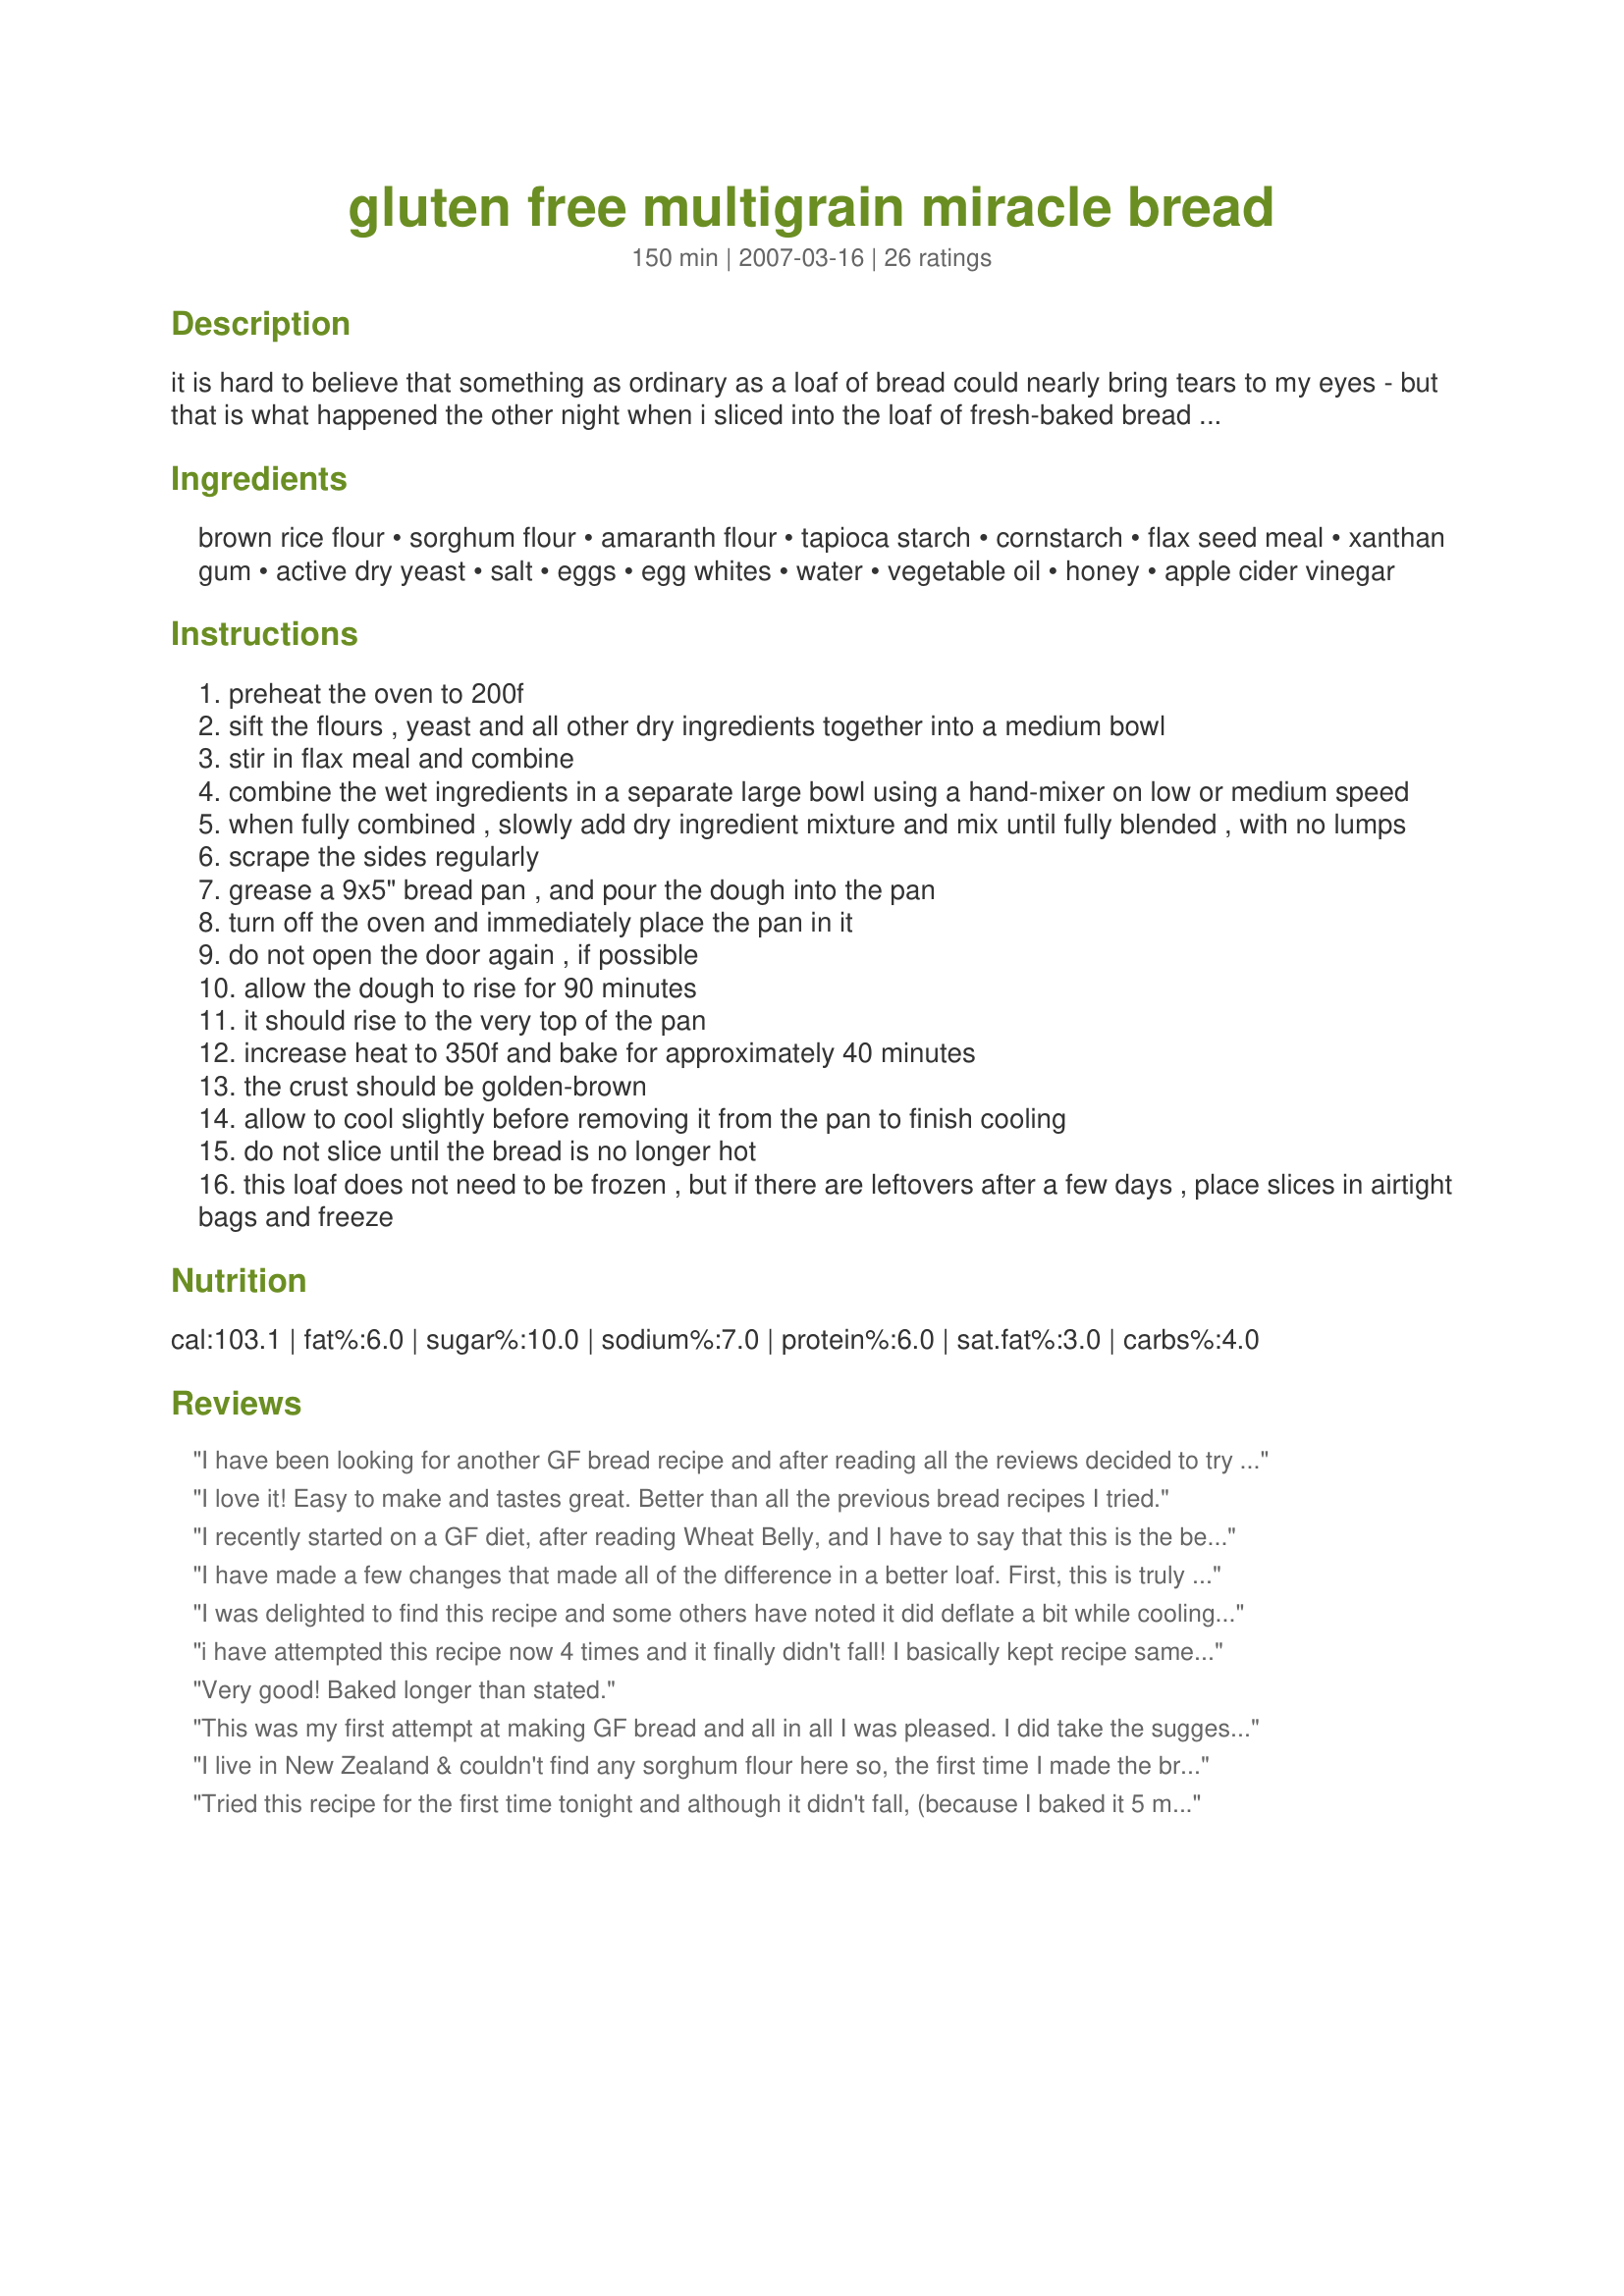
gluten free multigrain miracle bread
Preparation time: 150 minutes

it is hard to believe that something as ordinary as a loaf of bread could nearly bring tears to my eyes - but that is what happened the other night when i sliced into the loaf of fresh-baked bread i had just pulled from the oven. i can't take full credit - it's based on a recipe by a woman named laurie on the celiac.com forums. but this is really some stellar bread - hands down the best gluten-free bread i've had. it stays pliable and delicious without freezing or toasting. don't skip out on the flaxseeds, they add nutrition and texture without too much "flaxy" taste.

Ingredients:
brown rice flour, sorghum flour, amaranth flour, tapioca starch, cornstarch, flax seed meal, xanthan gum, active dry yeast, salt, eggs, egg whites, water, vegetable oil, honey, apple cider vinegar

Steps:
preheat the oven to 200f
sift the flours , yeast and all other dry ingredients together into a medium bowl
stir in flax meal and combine
combine the wet ingredients in a separate large bowl using a hand-mixer on low or medium speed
when fully combined , slowly add dry ingredient mixture and mix until fully blended , with no lumps
scrape the sides regularly
grease a 9x5" bread pan , and pour the dough into the pan
turn off the oven and immediately place the pan in it
do not open the door again , if possible
allow the dough to rise for 90 minutes
it should rise to the very top of the pan
increase heat to 350f and bake for approximately 40 minutes
the crust should be golden-brown
allow to cool slightly before removing it from the pan to finish cooling
do not slice until the bread is no longer hot
this loaf does not need to be frozen , but if there are leftovers after a few days , place slices in airtight bags and freeze

Reviews:
I have been looking for another GF bread recipe and after reading all the reviews decided to try this and it was great! I have made it twice, w/o amaranth - I used teff flour most recently - I can't remember what I replaced it with the 1st time; either way I was happy with the result. I too have a problem with the bread 'falling' after I take it out of the oven. But it is still delicious. I have had the same problem with other GF breads I make - would love to hear any suggestions to fixing that issue. I live in S. GA, not to humid or to high. This will be one of my 'regular' recipes! Thanks
I love it! Easy to make and tastes great. Better than all the previous bread recipes I tried.
I recently started on a GF diet, after reading Wheat Belly, and I have to say that this is the best tasting bread I have tried and I%u2019ve tried about a half dozen others. I did run into the same problems others have reported when making this bread. The bread collapsed after taking it out of the oven, this is not a big deal for me. The main problem was that the top was very crusty, almost burned, but when I removed it from the pan, the bottom was mushy. I ended up putting it back into the oven, without the pan, for another eight minutes to get it to solidify. Today when I made it I substituted half the amaranth flour with coconut flour, coconut flour is more absorbent, I was hoping it would help with the mushy bottom. I also reduced the oven temperature to 325, so that the top would not burn before the bottom was done. This worked; the bread came out perfectly done and with very little shrinkage. The next time I make it I will substitute all the amaranth for coconut flour or go half coconut, half almond flour to see if I can totally eliminate the bread from falling.
I have made a few changes that made all of the difference in a better loaf. First, this is truly the best gf bread I have found and I have shared the recipe with many friends. Like the 'most helpful' review, I actually cook this for a full hour. My oven is properly calibrated so it is at exactly 350 degrees, but the load collapses without the extra bake time. My loaf was also rising a lot on only one side, creating a lopsided loaf. To fix that, I use a razor blade to score the middle of the bread lightly before putting into the oven... this fixes the problem and the rise comes from the center this way. Lastly, I read quite a bit previously on how to make a light, fluffy gf bread and one suggestion was to whip the batter to add more air... so I make this in my stand mixer with the whip attachment. I whip the final batter on high for 3 minutes before carefully transferring to the bread pan (which is not small... it is a normal sized bread pan) Another change is the yeast, I add yeast, warm water, and honey to a bowl and let sit for 10-15 minutes before adding other ingredients. This reduces my rise time by 30-40 minutes. Fianlly, another gf bread recipe I used to use smoothed the top of the loaf with the backside of a wet spoon. I do the same with this loaf so the final product looks more like a traditional loaf.
I was delighted to find this recipe and some others have noted it did deflate a bit while cooling. All in all the texture is good, the bread slices well. It holds up to freezing and defrosting. I'll try making it again as another reviewer stated add additional flour to see if this makes a difference.
i have attempted this recipe now 4 times and it finally didn't fall! <br/><br/>I basically kept recipe same (subbed almond flour for sorghum) but i put it in a small loaf pan and actually baked it an extra 20 minutes until the toothpick came out clean.<br/><br/>the other 3 times i baked it, it fell (so disappointing!) and was not baked enough inside so i read online that the pan may be too large for the dough to fully bake inside if it rises really high (which mine always did).<br/><br/>i tried this recipe so many times bc even though the dough fell the other times it was still really tasty, so i am super pleased that i have figured out how to make it work here.
Very good! Baked longer than stated.
This was my first attempt at making GF bread and all in all I was pleased. I did take the suggestion from one of the ccoks in a past review to increase the agave and oil. This was a good idea to add moistness to the bread. I did some tweaking to the recipe myself. I used 3/4 C Garbanzo bean flour instead of 1/2 C Aramath flour. Instead of 2 T of Agave I used 3 T. Instead of 2 T of oil I used 3 T of melted butter. I also used my bread machine and it only made about half the normal size loaf, so I suppose it fell too. It rose like any other bread would in the bread machine. I do agree that if this is made the traditional way a smaller pan should be used and I believe that would take care of the "falling issue". When I make this bread next time, I plan on experimenting with another type of flour instead of the garbanzo flour and trying molasses instead of agave. I am also going to use a smaller pan and make it in the oven instead. I feel the bread was moist but some what chewy. This is probably from the bread machine over working the dough. When I make the new loaf I will repost my results.
I live in New Zealand & couldn't find any sorghum flour here so, the first time I made the bread I substituted buckwheat flour. The bread was very good, soft & eatable without the need to toast it first but I wasn't too keen on the flavour, which I assumed was due to the buckwheat so the next time I just increased the brown rice & amaranth flours by 1/4 cup each and it worked extremely well. Thank you so much for posting this recipe. It is the first time I have had a decent slice of bread since having to be gluten free.
Tried this recipe for the first time tonight and although it didn't fall, (because I baked it 5 mins longer than stated) the outside was overdone while the inside just barely done. Does anyone have a solution to this because I must say the bread is definitely amazing.<br/>Eileen
I have made this several times and love the taste and texture, however, it keeps falling. I've tried reducing the water and increasing the yeast. I removed one of the eggs and used egg replacer. I'm making it in a Breadman bread machine on the gluten free setting. Any advise?
OMG! This is easy and taste amazing! I did substitute powdered egg for the 2 egg whites (didn&#039;t need the extra yolks for anything). I also beat in for 4 minutes once all combined - I found this tip on another site for gluten-free breads... It helps to get the xantham gum do its binding. I only needed to let my bread rise for 1 hour in the oven. Baked to a gorgeous brown. Loved everything from ease to the actual breads crust, internal texture, and flavor. Can&#039;t wait to experiment with adding seeds and maybe making a cinnamon swirl bread!
Lovely moist bread. I followed directions exactly and it did fall, but didn't affect the wonderful moist texture at all. Next time I'm going to sub another type of flour (probably 1/8 cup sweet white rice &amp; 1/8 cup superfine almond) for the amaranth, since amaranth has a rather funky, yeasty taste my kids don't like. I used all superfine flours, since that tends to give a less gritty texture. I also used SAF brand instant yeast, at 75% of the amount of regular yeast the recipe called for. All in all, big thumbs up, easy to prepare, and I can see this recipe easily lending itself to tweaks and substitutions.
I use this recipe all the time-it is my all time favourite. Because i live at higher elevations, it tended to fall (as others have found), so I did some tweaking and added another 1/4 cup of flour. I found the amaranth flour overwhelmed the flavour, so I substituted either millet flour or Quinoa (1/2 cup rather than the 1/4 cup). I found this to take care of the falling bread. I also cook it 5 to 10 minutes longer (testing with a wooden skewer for wet clinging batter). Hope this helps.
The bread was much better than any in the stores but we hate the tatse of ameranth. I substitue teff for darker almost whole wheat type taste and garbanzo/fava flour for a white verision that are much less yeasty flavoured. We also make it in a bread machine on gluten-free setting with a light crust and it works great.
The first time I made this I forgot the flax seed meal and the bread slumped so far it practically turned back into dough. I decided to give it another chance because of the rave reviews and did everything exactly but was disappointed by how much it fell. However, it didn't fall as much as the first time, the slices still looked like real bread and it tasted really great. Next time I plan to leave out the two egg whites and see what happens. Since flax meal is sometimes used as egg replacer in vegan recipes, maybe that is the secret. Thanks for posting.
This was the best I have tried so far. I had to make a few substitutions for ingredients I didn't have or can't use. Here they are:
-Buckwheat flour sub for Amaranth flour
-Potato Starch for Corn Starch
-Egg Replacer for Eggs

It has a good color and flavor but the texture was a little doughy and I couldn't get it to dry out at all. I don't know if it had to do with the substitutions I made though. I am new to gluten, corn, egg free baking! Thank you for sharing this recipe.
Luckily, we found this recipe when we were first diagnosed with Celiac Disease. I do add 1 1/2 teasp salt and 3 Tablespoons Honey and switch out the amaranth flour for others most of the time to make it taste even better. THANKS! This is great. I like it better than the other Multigrain recipe here.
I cant believe I can send a sandwich to school with my little one that isn't hard and crumbly. I LOVE this Bread. his recipe is fantastic the 1st one that is soft and has stayed soft and not crumbly for 6 DAYS Now. I am trilled.
I made it just as posted and it fell a little. I made it a 2nd time and left out 2 egg whites and it fell more. From what I have read the bread falls for 3 reasons. too much liquid, oven differences, and different flours absorb liquids different. So if your changing the flour mix it may mess with it. Most of the recipes I have tried that are GF fall a little. I am too working on that issue. Thanks for posting it.
Delicious! I don't have sorghum flour so I subbed white rice flour. My only problem was that after 40 minutes of baking the bread was dark brown on the outside but not all the way done on the inside after cooling. This time I'm trying 325 for 45 minutes to see if that works any better for me. I am also wondering how I can make this up more conveniently to eat more frequently. Has anyone tried making the dough and then freezing it? Or would it be better to bake the bread and then freeze it?
Great Recipe!
My experience:1st ever gf yeast bread to taste or bake. I had to use a convection oven. I subbed equal amounts of brown and white rice flour and sorghum for the 1/4 cup of amaranth. I followed everything else exactly except the water was warmer than room temp. I left out about 2 T. of water. I used a 9x5 pyrex b/c my metal pan was 8x4. The bread rose above the pan edge 1 and 1/4 inches in about 40 minutes. Not knowing what to do, I let it rise for 1 hour. Then while it was baking it was reaching the oven top and browning fast so I had to move the rack to its lowest position. I had to use foil but I then took it off 5 minutes early so I could look to see how dark it was. When the bread was cooling I noticed it fell a little and I thought, I hope the bread crumbs will be good, thinking it was ruined. After cutting it, it only had a couple of small wholes the size of a shelled almond. I think I will leave out 3 T of water and use room temp. too. After reading all the comments on here and on bythebay I give my loaf and almost perfect score. It was delicious too! Thank you for the recipe!!!
I was convinced that I couldn't possibly bake bread, and this recipe changed my mind. It was absolutely perfect and no one who tried it could tell it didn't have wheat in it. I like that I don't have to toast it because it stays soft. Thank you so much for this recipe!
I had posted mine here (under Recipe #190906), but I am glad that you enjoyed it. It truly is a miracle! Great name :) (I'm Laurie from the celiac forums, just to clarify!)
This bread is excellent! My 5 year-old & 8 year-old love it too!! I use my bread maching on light crust cycle. I make two versions 1 without egg whites for my son, I also reduce the amount of flax seed meal to 2 Tablespoons, add 1 Tablespoon more of veg. oil and honey each so it's nice and moist. The crust with the egg whites added is just like a fine bakery bread. Yum!! Thank you for a great recipe!
For anyone looking to make flour substitutions, check here first:<br/>http://www.celiac.ca/EnglishCCA/egfdiet2.html#substitutions<br/><br/>It might help when trying to figure out the right proportions to avoid a dense bread or one that falls after baking. If it doesn't help, you've lost nothing.
This is a little bland, but I couldn't find amaranth flour, so used chickpea flour. It's also a rather odd bread because it's very spongy. I did substitute chia seeds and water for 2 of the eggs and used 2 egg whites. I would like to tweak it somehow to make it taste more whole grain (more like wheat). I bloomed the yeast in the water and honey first and then added the dry ingredients, along with the oil and egg. If anyone has any suggestions to make it taste more yeasty or wheat-y, i'd appreciate it.
